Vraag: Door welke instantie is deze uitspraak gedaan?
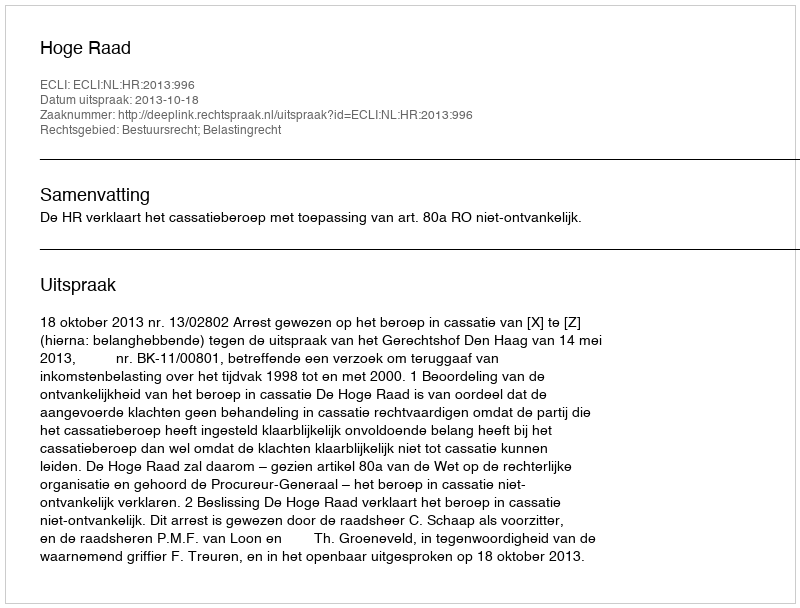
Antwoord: Hoge Raad